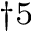
^ { \dag 5 }